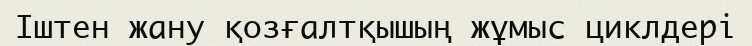
Іштен жану қозғалтқышың жұмыс циклдері